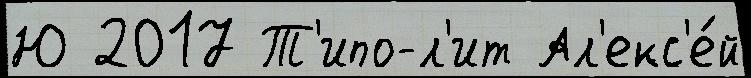
Ю 2017 Т'ипо-л'ит Ал'екс'е́й